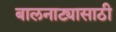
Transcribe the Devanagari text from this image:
बालनाट्यासाठी